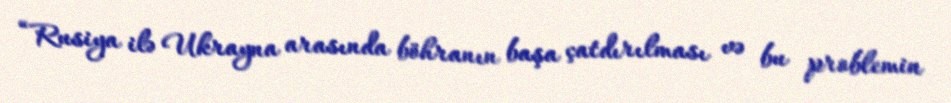
“Rusiya ilə Ukrayna arasında böhranın başa çatdırılması və bu problemin